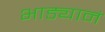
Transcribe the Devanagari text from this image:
भाड्यानं